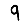
Digit: 9